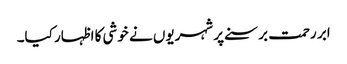
ابر رحمت برسنے پر شہریوں نے خوشی کا اظہار کیا۔